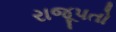
રાજૂપતો